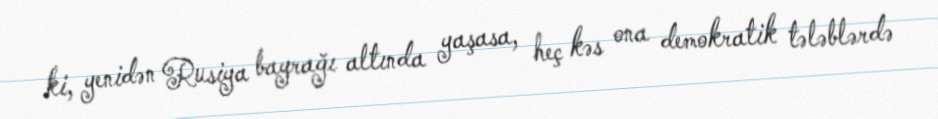
ki, yenidən Rusiya bayrağı altında yaşasa, heç kəs ona demokratik tələblərdə